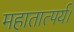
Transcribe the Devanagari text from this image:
महातात्पर्य।